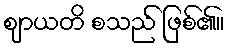
ဈာယတိ စသည် ဖြစ်၏။